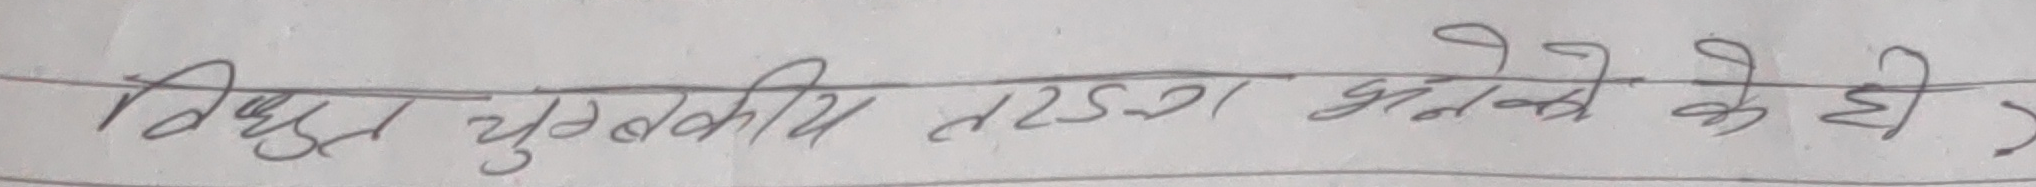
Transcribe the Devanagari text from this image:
विद्युत चुंबकीय तरंग भनेको के हो?)